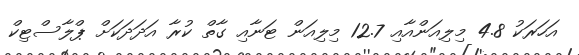
އަހަރަކު 4.8 މިލިއަންއާއި 12.7 މިލިއަން ޓަނާއި ގާތް ކުރާ އަދަދަކަށް ޕްލާސްޓިކް